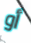
أو